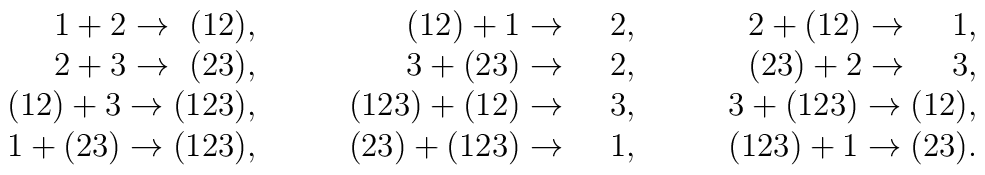
\begin{array}{rrr}1+2\rightarrow \,\,(12),\qquad & (12)+1\rightarrow \quad \,2,\qquad & 2+(12)\rightarrow \quad \,1,\qquad \\ 2+3\rightarrow \,\,(23),\qquad & 3+(23)\rightarrow \quad \,2,\qquad & (23)+2\rightarrow \quad \,3,\qquad \\ (12)+3\rightarrow (123),\qquad & (123)+(12)\rightarrow \quad \,3,\qquad & 3+(123)\rightarrow (12),\qquad \\ 1+(23)\rightarrow (123),\qquad & (23)+(123)\rightarrow \quad \,1,\qquad & (123)+1\rightarrow (23).\qquad\end{array}